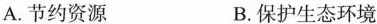
A.节约资源 B.保护生态环境